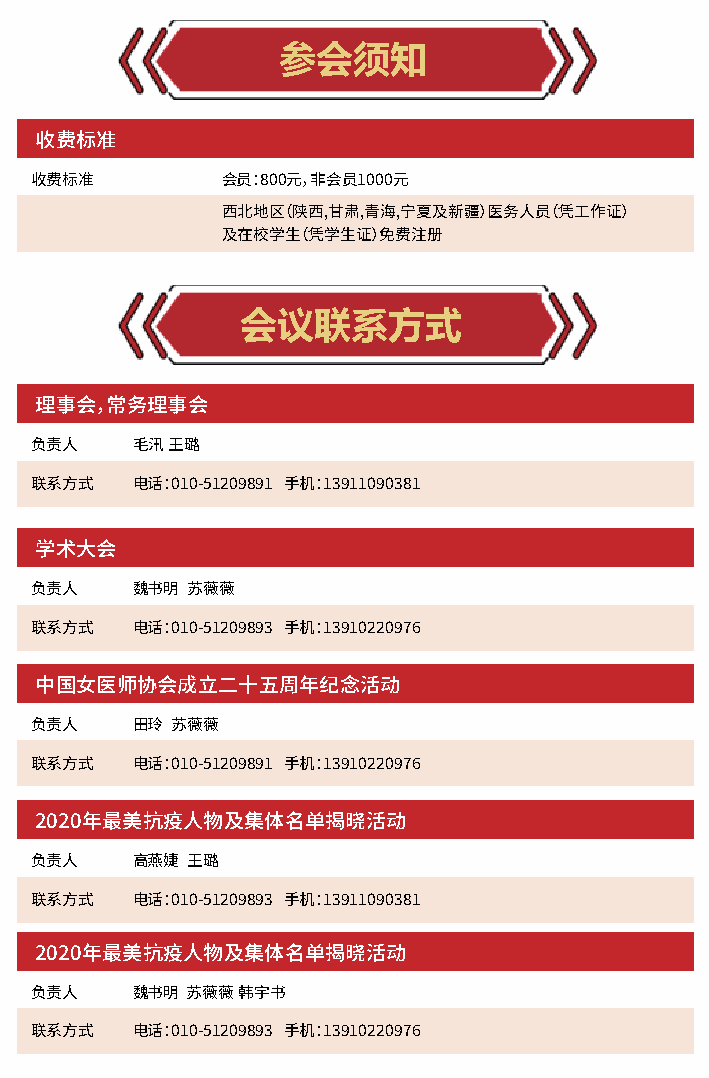
参会须知
 收费标准
 收费标准         会员：800元，非会员1000元
 西北地区（陕西,甘肃,青海,宁夏及新疆）医务人员（凭工作证）
 及在校学生（凭学生证）免费注册
 会议联系方式
 理事会，常务理事会
 负责人    毛汛 王璐
 联系方式   电话：010-51209891 手机：13911090381
 学术大会
 负责人    魏书明 苏薇薇
 联系方式   电话：010-51209893 手机：13910220976
 中国女医师协会成立二十五周年纪念活动
 负责人    田玲 苏薇薇
 联系方式   电话：010-51209891 手机：13910220976
 2020年最美抗疫人物及集体名单揭晓活动
 负责人    高燕婕 王璐
 联系方式   电话：010-51209893 手机：13911090381
 2020年最美抗疫人物及集体名单揭晓活动
 负责人    魏书明 苏薇薇 韩宇书
 联系方式   电话：010-51209893 手机：13910220976